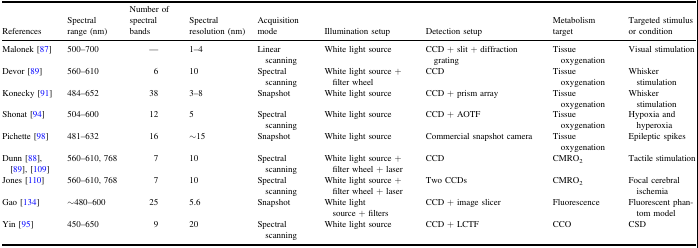
<table><thead><tr><td><b>References</b></td><td><b>Spectral range (nm)</b></td><td><b>Number of spectral bands</b></td><td><b>Spectral resolution (nm)</b></td><td><b>Acquisition mode</b></td><td><b>Illumination setup</b></td><td><b>Detection setup</b></td><td><b>Metabolism target</b></td><td><b>Targeted stimulus or condition</b></td></tr></thead><tbody><tr><td>Malonek [87]</td><td>500–700</td><td>—</td><td>1–4</td><td>Linear scanning</td><td>White light source</td><td>CCD + slit + diffraction grating</td><td>Tissue oxygenation</td><td>Visual stimulation</td></tr><tr><td>Devor [89]</td><td>560–610</td><td>6</td><td>10</td><td>Spectral scanning</td><td>White light source + filter wheel</td><td>CCD</td><td>Tissue oxygenation</td><td>Whisker stimulation</td></tr><tr><td>Konecky [91]</td><td>484–652</td><td>38</td><td>3–8</td><td>Snapshot</td><td>White light source</td><td>CCD + prism array</td><td>Tissue oxygenation</td><td>Whisker stimulation</td></tr><tr><td>Shonat [94]</td><td>504–600</td><td>12</td><td>5</td><td>Spectral scanning</td><td>White light source</td><td>CCD + AOTF</td><td>Tissue oxygenation</td><td>Hypoxia and hyperoxia</td></tr><tr><td>Pichette [98]</td><td>481–632</td><td>16</td><td>∼15</td><td>Snapshot</td><td>White light source</td><td>Commercial snapshot camera</td><td>Tissue oxygenation</td><td>Epileptic spikes</td></tr><tr><td>Dunn [88], [89], [109]</td><td>560–610, 768</td><td>7</td><td>10</td><td>Spectral scanning</td><td>White light source + filter wheel + laser</td><td>CCD</td><td>CMRO<sub>2</sub></td><td>Tactile stimulation</td></tr><tr><td>Jones [110]</td><td>560–610, 768</td><td>7</td><td>10</td><td>Spectral scanning</td><td>White light source + filter wheel + laser</td><td>Two CCDs</td><td>CMRO<sub>2</sub></td><td>Focal cerebral ischemia</td></tr><tr><td>Gao [134]</td><td>∼480–600</td><td>25</td><td>5.6</td><td>Snapshot</td><td>White light source + filters</td><td>CCD + image slicer</td><td>Fluorescence</td><td>Fluorescent phantom model</td></tr><tr><td>Yin [95]</td><td>450–650</td><td>9</td><td>20</td><td>Spectral scanning</td><td>White light source</td><td>CCD + LCTF</td><td>CCO</td><td>CSD</td></tr></tbody></table>